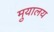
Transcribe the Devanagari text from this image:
मु़यालय